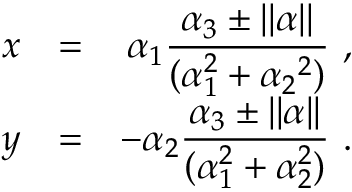
\begin{array} { l c r } { { x } } & { { = } } & { { \alpha _ { 1 } \displaystyle \frac { \alpha _ { 3 } \pm | | \alpha | | } { ( \alpha _ { 1 } ^ { 2 } + \alpha _ { 2 } { } ^ { 2 } ) } \ , } } \\ { { y } } & { { = } } & { { \displaystyle - \alpha _ { 2 } \frac { \alpha _ { 3 } \pm | | \alpha | | } { ( \alpha _ { 1 } ^ { 2 } + \alpha _ { 2 } ^ { 2 } ) } \ . } } \end{array}